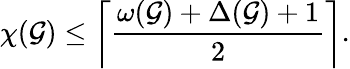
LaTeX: \chi(\mathcal{G})\leq\left\lceil{\frac{{\omega(\mathcal{G})+\Delta(\mathcal{G})+1}}{{2}}}\right\rceil.